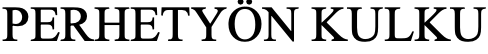
PERHETYÖN KULKU